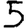
Digit: 5